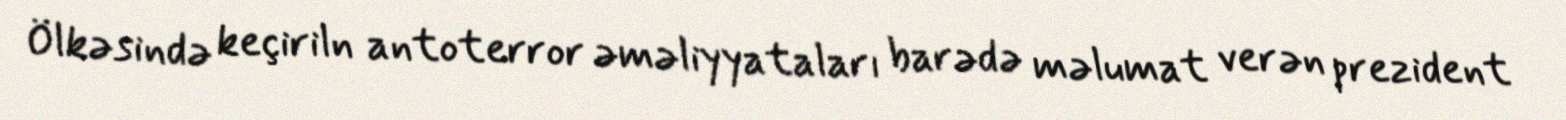
Ölkəsində keçiriln antoterror əməliyyataları barədə məlumat verən prezident